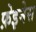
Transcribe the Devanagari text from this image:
फ़ेइनेस